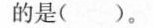
的是( )。